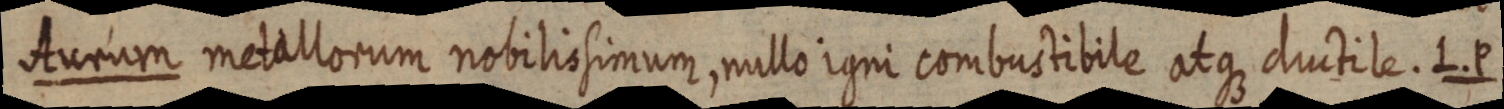
Aurum metallorum nobilissimum, nullo igni combustibile atque ductile. L. P